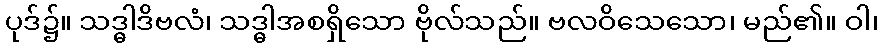
ပုဒ်၌။ သဒ္ဓါဒိဗလံ၊ သဒ္ဓါအစရှိသော ဗိုလ်သည်။ ဗလဝိသေသော၊ မည်၏။ ဝါ၊